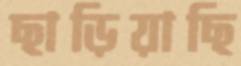
ছাড়িয়াছি